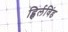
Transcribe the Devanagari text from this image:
ह्विर्लविंड